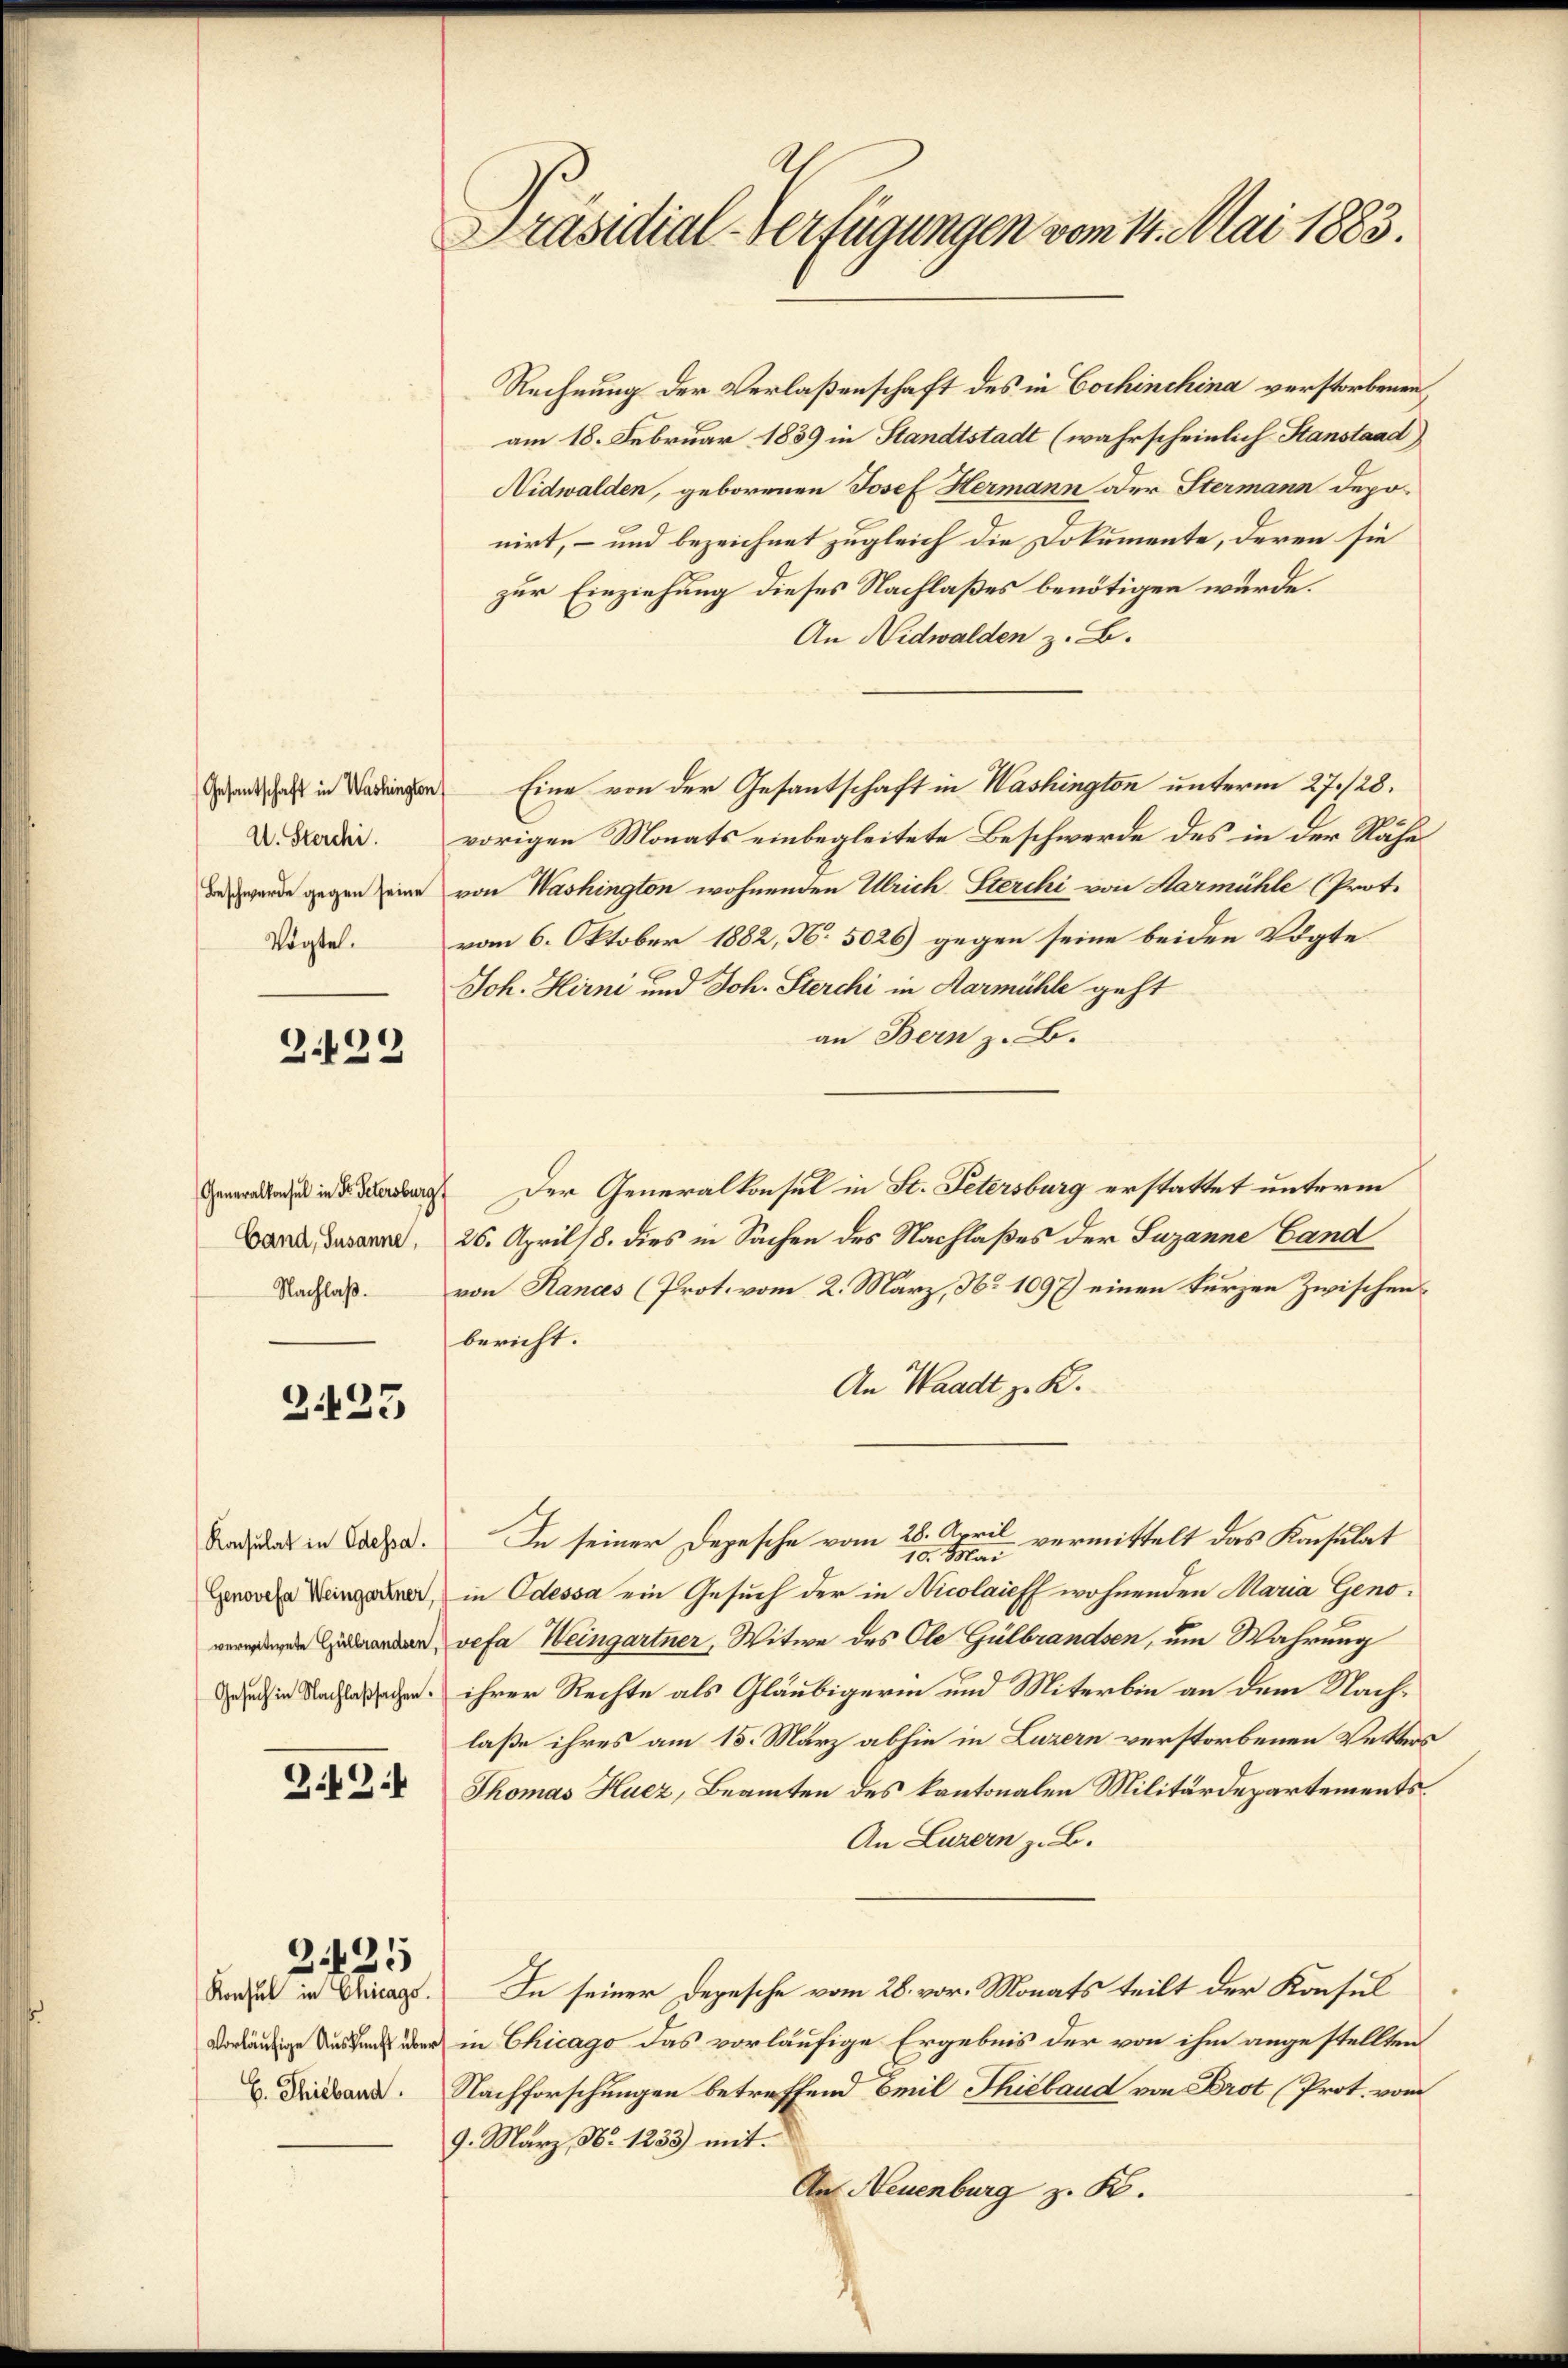
U. Sterchi
Vögte.

2.192

Generalkonsul in Fr. Petersburg
Nachlaß.

.
423

Konsulat in Odessa.

Z.9.1

2425

Präsidial-Verfügungen vom 14. Mai 1883.

Rechnung der Verlaßenschaft des in Cochinchina verstorbenen
am 18. Februar 1839 in Standtstadt (wahrscheinlich Stanstand)
Nidwalden, geborenen Josef Hermann oder Stermann Depo-
nirt, – und bezeichnet zugleich die Dokumente, deren sie
zur Einziehung dieses Nachlaßes benötigen würde.
An Nidwalden z. B.
aas in den Eine von der Gesandtschaft in Washington unterm 27./28.
vorigen Monats einbegleitete Beschwerde des in der Nähe
d wurde gegen eine von Washington wohnenden Ulrich Sterchi von Marmühle (Prot.
vom 6. Oktober 1882, N. 5026) gegen seine beiden Vögte
e
Joh. Hirni und Joh. Sterchi in Aarmühle geht
an Bern z. B.
Der Generalkonsul in St. Petersburg erstattet unterm
Band, Susanna, 26. April 18. dies in Sachen des Nachlaßes der Susanne Land
von Hanas (Prot. vom 2. März, No 1097) einen kurzen Zwischen
bericht.
An Waadt z. K.
In seiner Depesche vom 28. April vermittelt das Konsulat
10. Mai
Genovefa Weinger, in Odessa ein Gesuch der in Nicolaieff wohnenden Maria Genoenden vefa Weingartner, Witwe des Ole Gülbrandsen, um Wahrung
 ihrer Rechte als Gläubigerin und Miterbin an dem Nachlaße ihres am 15. März abhin in Luzern verstorbenen Vetters
Thomas Huez, Beamten des kantonalen Militärdepartements¬
An Luzern z. B.
Andel in Ainags. In seiner Depesche vom 28. vor. Monats teilt der Konsul
rländige Aus den über in Chicago das vorläufige Ergebnis der von ihm angestellten
. Dand. Nachforschungen betreffend Emil Thibaud von Brot (Prot. vom
9. März, No 1233) mit
Au Neuenburg z. K.